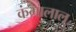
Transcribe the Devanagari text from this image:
कंगालाल